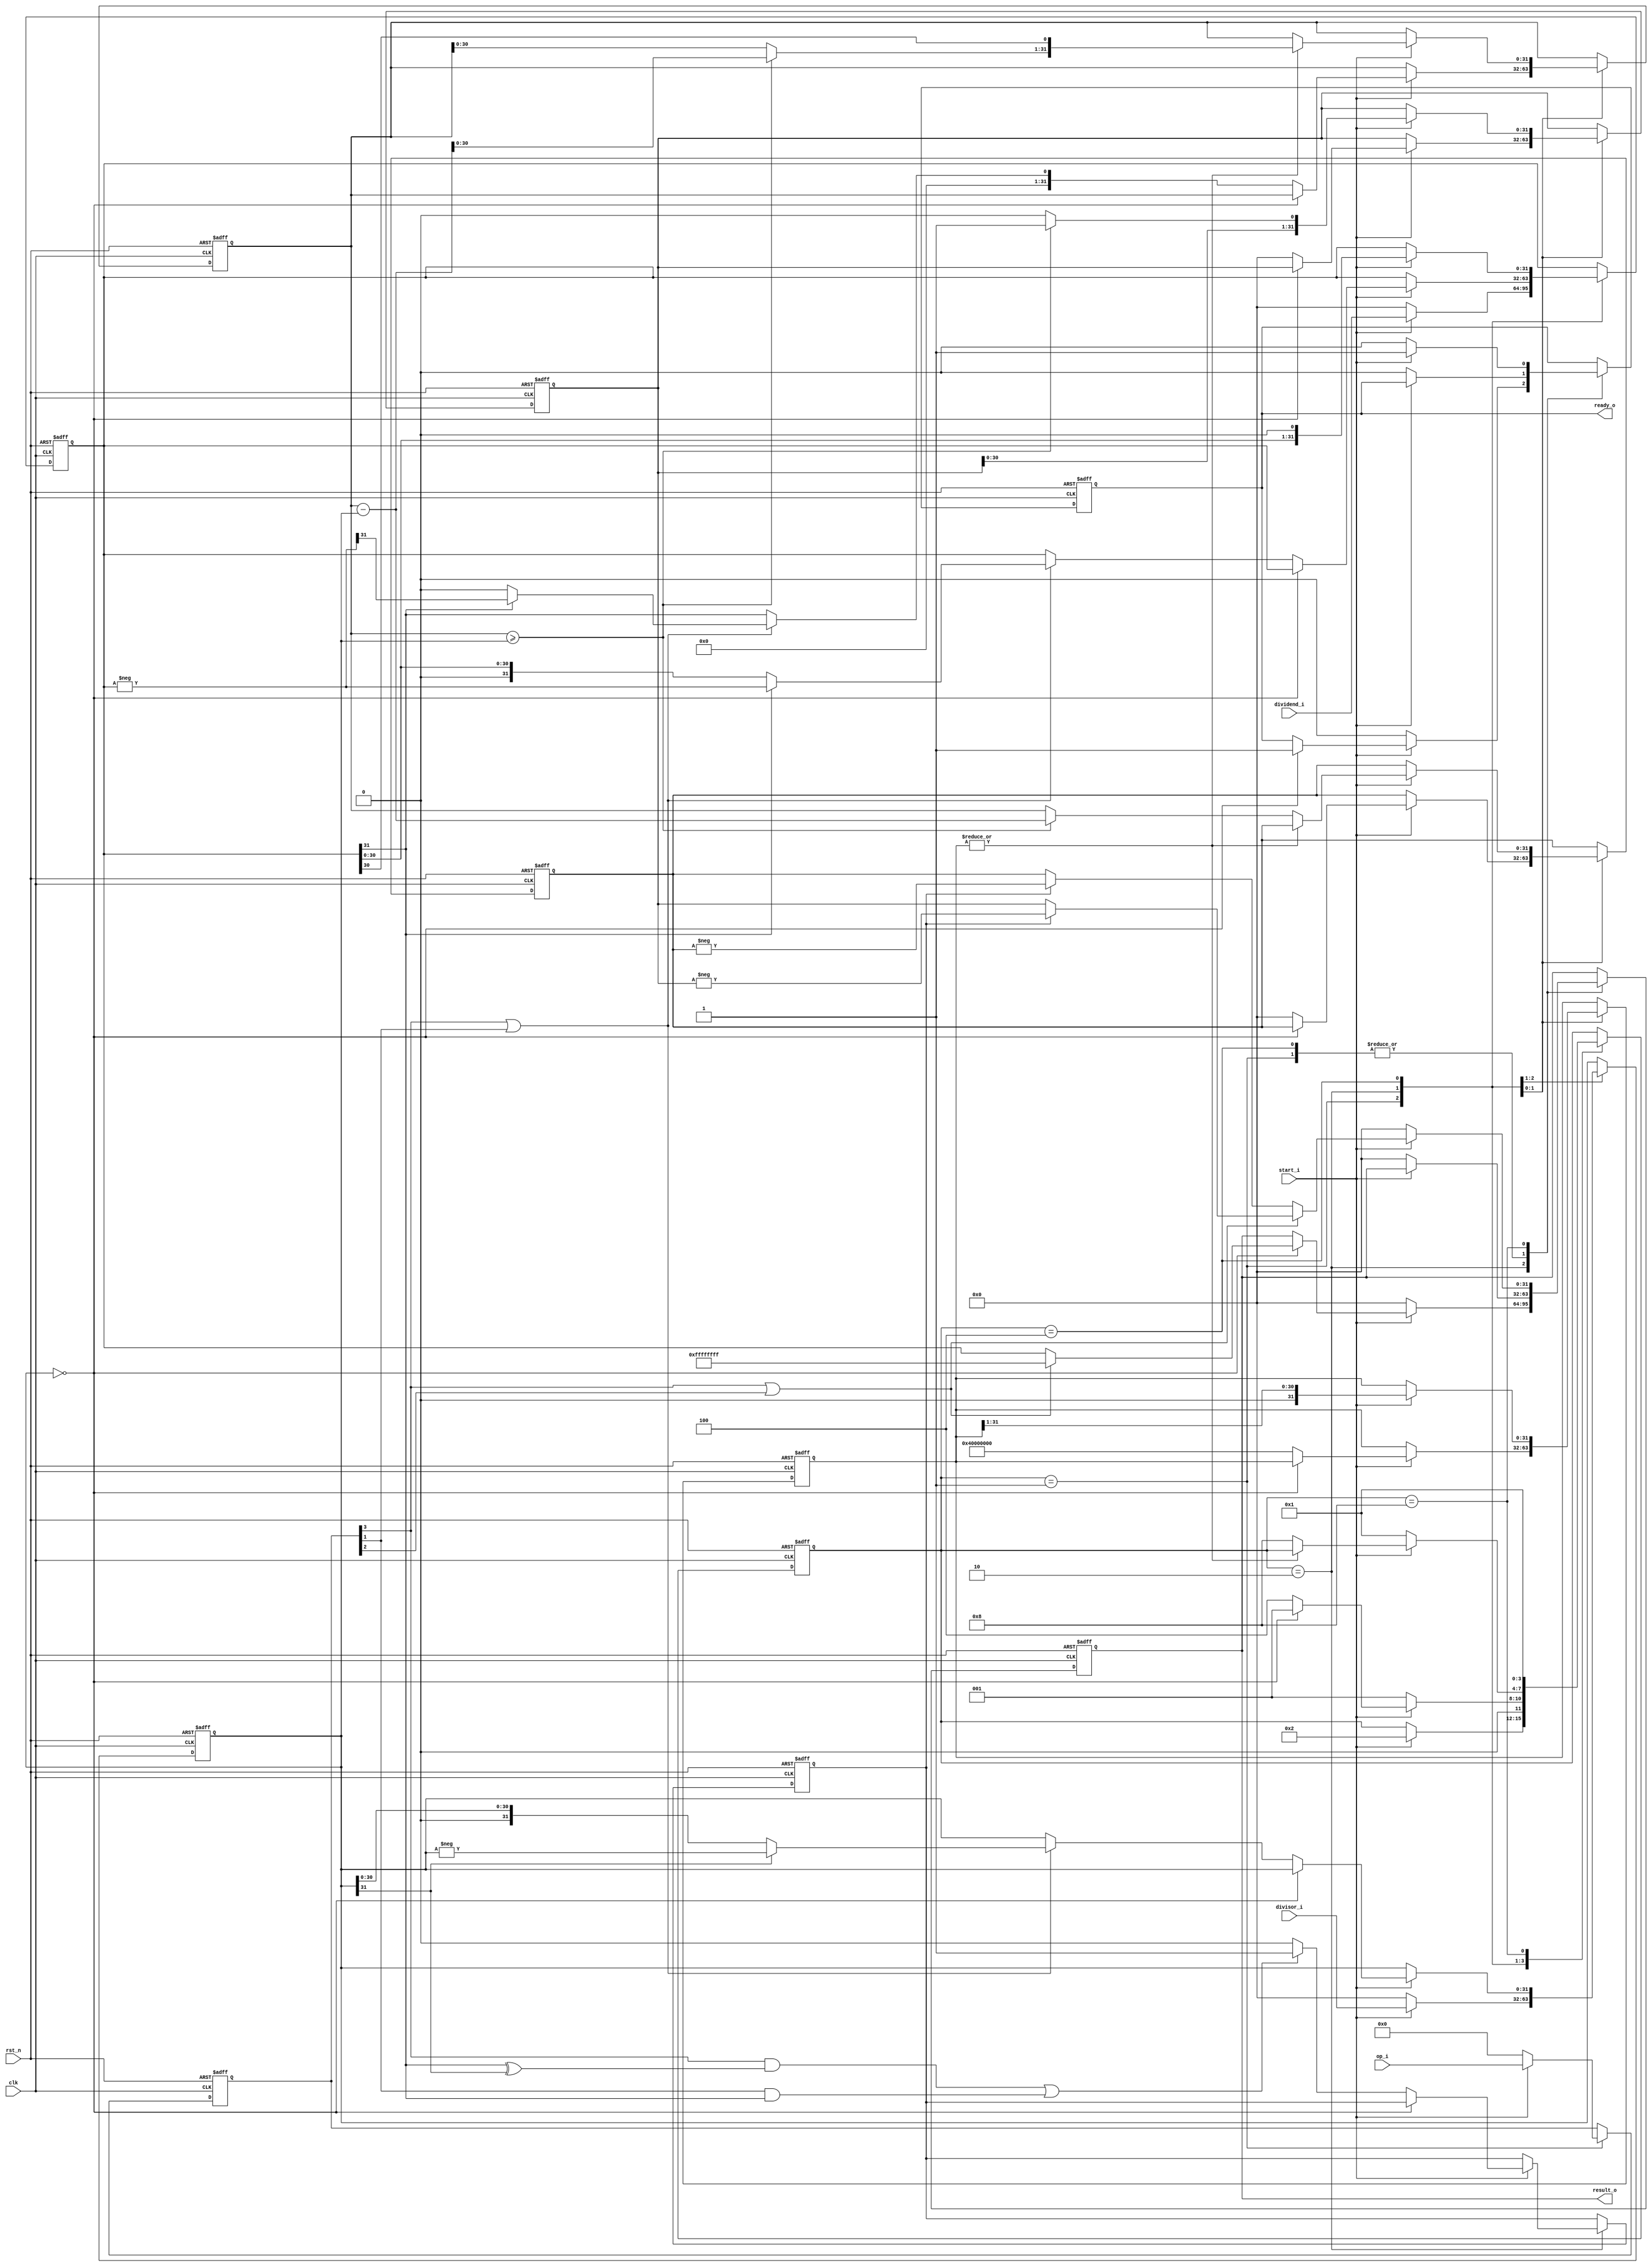
module divider(

    input wire clk,
    input wire rst_n,

    input wire[31:0] dividend_i,        // 被除数
    input wire[31:0] divisor_i,         // 除数
    input wire start_i,                 // 开始信号，运算期间这个信号需要一直保持有效
    input wire[3:0] op_i,               // 具体是哪一条指令

    output reg[31:0] result_o,          // 除法结果，高32位是余数，低32位是商
    output reg ready_o                  // 运算结束信号

    );

    // 状态定义
    localparam STATE_IDLE  = 4'b0001;
    localparam STATE_START = 4'b0010;
    localparam STATE_CALC  = 4'b0100;
    localparam STATE_END   = 4'b1000;

    reg[31:0] dividend_r;
    reg[31:0] divisor_r;
    reg[3:0] op_r;
    reg[3:0] state;
    reg[31:0] count;
    reg[31:0] div_result;
    reg[31:0] div_remain;
    reg[31:0] minuend;
    reg invert_result;

    wire op_div = op_r[3];
    wire op_divu = op_r[2];
    wire op_rem = op_r[1];
    wire op_remu = op_r[0];

    wire[31:0] dividend_invert = (-dividend_r);
    wire[31:0] divisor_invert = (-divisor_r);
    wire minuend_ge_divisor = minuend >= divisor_r;
    wire[31:0] minuend_sub_res = minuend - divisor_r;
    wire[31:0] div_result_tmp = minuend_ge_divisor? ({div_result[30:0], 1'b1}): ({div_result[30:0], 1'b0});
    wire[31:0] minuend_tmp = minuend_ge_divisor? minuend_sub_res[30:0]: minuend[30:0];

    // 状态机实现
    always @ (posedge clk or negedge rst_n) begin
        if (!rst_n) begin
            state <= STATE_IDLE;
            ready_o <= 1'b0;
            result_o <= 32'h0;
            div_result <= 32'h0;
            div_remain <= 32'h0;
            op_r <= 3'h0;
            dividend_r <= 32'h0;
            divisor_r <= 32'h0;
            minuend <= 32'h0;
            invert_result <= 1'b0;
            count <= 32'h0;
        end else begin
            case (state)
                STATE_IDLE: begin
                    if (start_i) begin
                        op_r <= op_i;
                        dividend_r <= dividend_i;
                        divisor_r <= divisor_i;
                        state <= STATE_START;
                    end else begin
                        op_r <= 3'h0;
                        dividend_r <= 32'h0;
                        divisor_r <= 32'h0;
                        ready_o <= 1'b0;
                        result_o <= 32'h0;
                    end
                end

                STATE_START: begin
                    if (start_i) begin
                        // 除数为0
                        if (divisor_r == 32'h0) begin
                            if (op_div | op_divu) begin
                                result_o <= 32'hffffffff;
                            end else begin
                                result_o <= dividend_r;
                            end
                            ready_o <= 1'b1;
                            state <= STATE_IDLE;
                        // 除数不为0
                        end else begin
                            count <= 32'h40000000;
                            state <= STATE_CALC;
                            div_result <= 32'h0;
                            div_remain <= 32'h0;

                            // DIV和REM这两条指令是有符号数运算指令
                            if (op_div | op_rem) begin
                                // 被除数求补码
                                if (dividend_r[31] == 1'b1) begin
                                    dividend_r <= dividend_invert;
                                    minuend <= dividend_invert[31];
                                end else begin
                                    minuend <= dividend_r[31];
                                end
                                // 除数求补码
                                if (divisor_r[31] == 1'b1) begin
                                    divisor_r <= divisor_invert;
                                end
                            end else begin
                                minuend <= dividend_r[31];
                            end

                            // 运算结束后是否要对结果取补码
                            if ((op_div && (dividend_r[31] ^ divisor_r[31] == 1'b1))
                                || (op_rem && (dividend_r[31] == 1'b1))) begin
                                invert_result <= 1'b1;
                            end else begin
                                invert_result <= 1'b0;
                            end
                        end
                    end else begin
                        state <= STATE_IDLE;
                        result_o <= 32'h0;
                        ready_o <= 1'b0;
                    end
                end

                STATE_CALC: begin
                    if (start_i) begin
                        dividend_r <= {dividend_r[30:0], 1'b0};
                        div_result <= div_result_tmp;
                        count <= {1'b0, count[31:1]};
                        if (|count) begin
                            minuend <= {minuend_tmp[30:0], dividend_r[30]};
                        end else begin
                            state <= STATE_END;
                            if (minuend_ge_divisor) begin
                                div_remain <= minuend_sub_res;
                            end else begin
                                div_remain <= minuend;
                            end
                        end
                    end else begin
                        state <= STATE_IDLE;
                        result_o <= 32'h0;
                        ready_o <= 1'b0;
                    end
                end

                STATE_END: begin
                    if (start_i) begin
                        ready_o <= 1'b1;
                        state <= STATE_IDLE;
                        if (op_div | op_divu) begin
                            if (invert_result) begin
                                result_o <= (-div_result);
                            end else begin
                                result_o <= div_result;
                            end
                        end else begin
                            if (invert_result) begin
                                result_o <= (-div_remain);
                            end else begin
                                result_o <= div_remain;
                            end
                        end
                    end else begin
                        state <= STATE_IDLE;
                        result_o <= 32'h0;
                        ready_o <= 1'b0;
                    end
                end

            endcase
        end
    end

endmodule